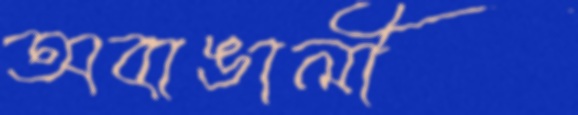
অবাঙালী